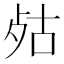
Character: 𣧮